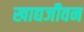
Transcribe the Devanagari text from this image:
खाद्यजीवन